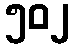
၅၀၂